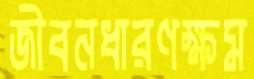
জীবনধারণক্ষম